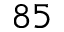
^ { 8 5 }